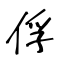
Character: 俘